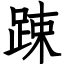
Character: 踈